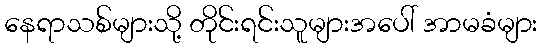
နေရာသစ်များသို့ တိုင်းရင်းသူများအပေါ် အာမခံများ